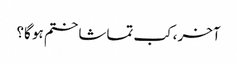
آخر، کب تماشا ختم ہو گا؟